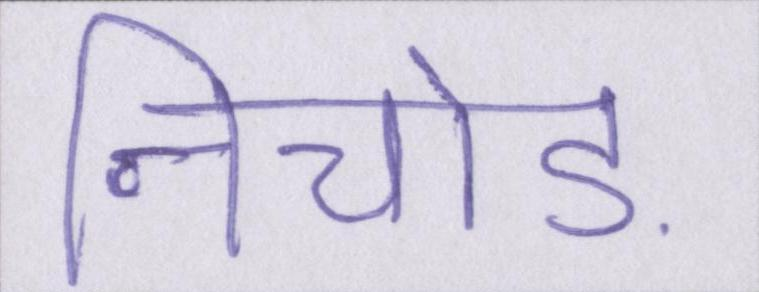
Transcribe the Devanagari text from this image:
निचोड़